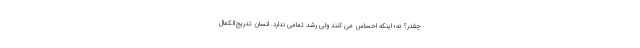
چقدر؟ نه؛ اینکه احساس می کنند ولی رشد تمامی ندارد. انسان تدریج‌الکمال